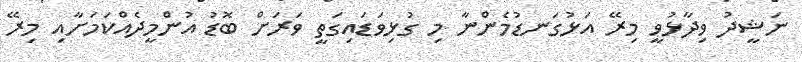
ނަޝީދު ވިދާޅުވީ މިރޭ އަޅުގަނޑުމެންނާ މި ގުޅިވަޑައިގަތީ ވަރަށް ބޮޑު އުންމީދެއްކަމަށާއި މިރޭ